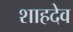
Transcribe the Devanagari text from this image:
शाहदेव